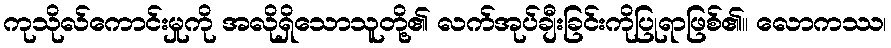
ကုသိုလ်ကောင်းမှုကို အလိုရှိသောသူတို့၏ လက်အုပ်ချီးခြင်းကိုပြုရာဖြစ်၏။ လောကဿ၊